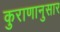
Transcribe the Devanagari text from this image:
कुराणानुसार